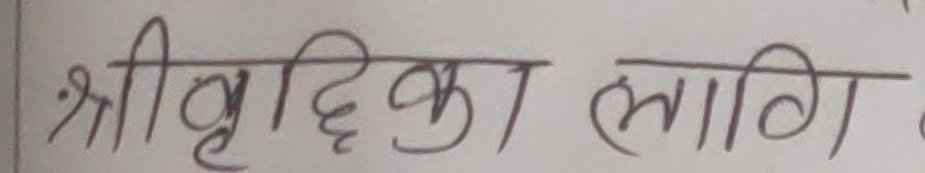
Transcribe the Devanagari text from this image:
श्रीवृद्धिका लागि